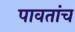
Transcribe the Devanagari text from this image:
पावतांच